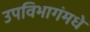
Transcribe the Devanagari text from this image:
उपविभागंमधे